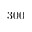
3 0 0